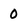
Character: 0